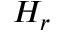
H _ { r }